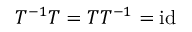
T ^ { - 1 } T = T T ^ { - 1 } = \mathrm { i d }